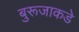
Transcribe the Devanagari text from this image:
बुरूजाकडे